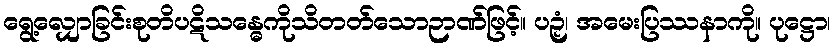
ရွေ့လျှောခြင်းစုတိပဋိသန္ဓေကိုသိတတ်သောဉာဏ်ဖြင့်။ ပဉှံ၊ အမေးပြဿနာကို။ ပုဋ္ဌော၊